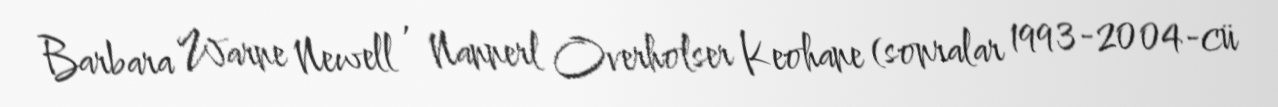
Barbara Warne Newell , Nannerl Overholser Keohane (sonralar 1993-2004-cü